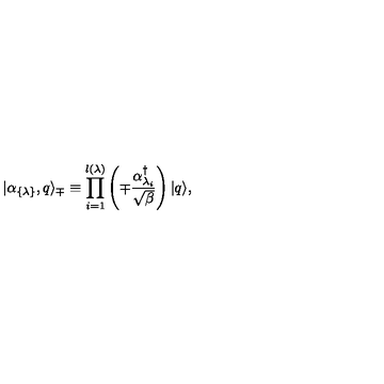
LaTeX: | \alpha _ { \{ \lambda \} } , q \rangle _ { \mp } \equiv \prod _ { i = 1 } ^ { l ( \lambda ) } \left( \mp { \frac { \alpha _ { \lambda _ { i } } ^ { \dagger } } { \sqrt { \beta } } } \right) | q \rangle ,